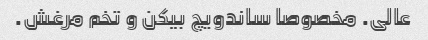
عالی. مخصوصا ساندویچ بیکن و تخم مرغش.